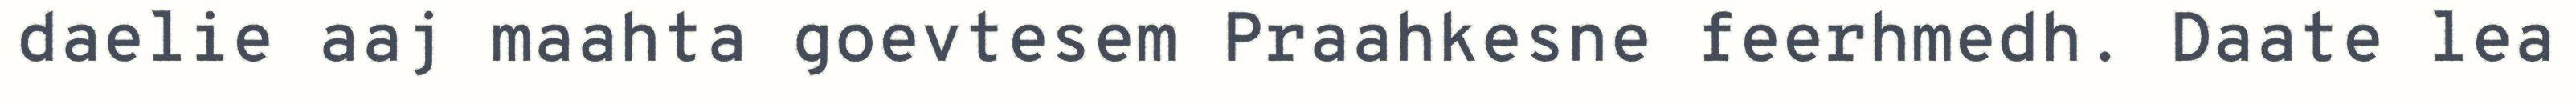
daelie aaj maahta goevtesem Praahkesne feerhmedh. Daate lea